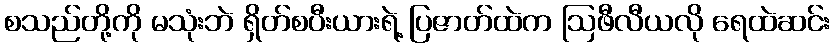
စသည်တို့ကို မသုံးဘဲ ရှိတ်စပီးယားရဲ့ ပြဇာတ်ထဲက ဩဖီလီယလို ရေထဲဆင်း